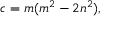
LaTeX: c = m ( m ^ { 2 } - 2 n ^ { 2 } ) ,